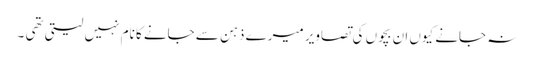
نہ جانے کیوں ان بچوں کی تصاویر میرے ذہن سے جانے کا نام نہیں لیتی تھی ۔